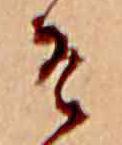
そ